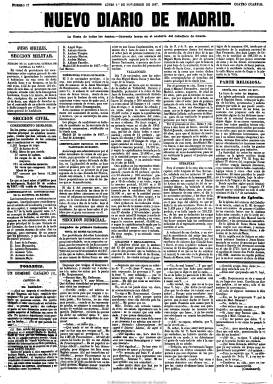
Título: Diario oficial de avisos de Madrid
Colección: Periódicos
Ámbito geográfico: Madrid
Lugar de publicación: Madrid
Fechas: 01/11/1847-30/06/1917

Se trata de la última etapa de la cabecera del primero diario español que fundara, en 1758, Francisco Mariano Nipho (1719-1803), con el título de Diario noticioso…, que en 1825 se convirtió en periódico semioficial, siendo la más longeva en la historia del periodismo español, si se exceptúa la Gazeta de Madrid, hoy Diario oficial del Estado.

Seguirá siendo un periódico de cuatro páginas, que mantendrá prácticamente hasta su desaparición, en 1918, el mismo tipo de contenidos que venía incluyendo desde 1825, es decir, una parte oficial y otra de particulares. En la primera, información normativa y de personal de los poderes públicos, incluidos los ayuntamientos, tanto de Madrid como de su provincia, dividida en las secciones militar, civil y judicial, con edictos y requisitorias, así como otra religiosa. En la particular, noticias y anuncios de ventas, subastas, alquileres, pérdidas, libros, empleo de nodrizas y sirvientes o demográficos de la capital, así como otras también de tipo económico y comercial, como los precios de los mercados y las cotizaciones de bolsa. También va incorporando publicidad y las necrológicas. Asimismo, sigue incluyendo observaciones meteorológicas y noticias sobre estrenos de teatro, variedades, taurinos y circenses. E incorpora nuevas secciones como la literaria y la de miscelánea e, incluso, en un faldón de la primera página folletines por entregas y composiciones en verso.

Desde 1877 a 1882 incorpora como suplemento el título Nuevo diario de Madrid, también de cuatro páginas, estampado en la imprenta de Francisco Andrés y Compañía, y entre 1877 y 1878 también incluye ocasionalmente en su cuarta plana el título La correspondencia de España (1859-1925), y a partir de 1881, incluye esta al Diario oficial de avisos...  Llegó a absorber a Diario de las familias de avisos y noticias de Madrid, político, mercantil y literario,  (1820-1894), que llegó a ser una edición matutina de La correspondencia…

Como su edición e impresión era subastada pública y periódicamente con fines benéficos, este diario fue arrendado y estampado por diferentes impresores y editores, y en esta última etapa lo fue por, entre otros, José María Alonso, José de Granda Pérez, siendo en este caso su editor Ángel Suárez, entre 1860 y 1866, como fue también su director Adolfo Tomaseti, en 1891, y por la imprenta y litografía de M. Martínez de Velasco, contando en algún periodo con imprenta propia, a cargo de Tomás Noguera.